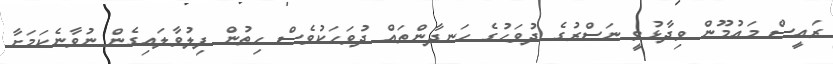
ރައީސް މައުމޫން ވިދާޅުވީ ނަސްރުގެ ދުވަހުގެ ހަނދާންތައް ދުވަހަކުވެސް ހިތުން ފިލުވާލައިގެން ނުވާނެކަމަށާ